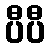
ပီပီ